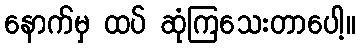
နောက်မှ ထပ် ဆုံကြသေးတာပေါ့။